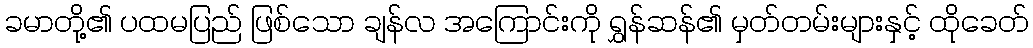
ခမာတို့၏ ပထမပြည် ဖြစ်သော ချန်လ အကြောင်းကို ရွှန်ဆန်၏ မှတ်တမ်းများနှင့် ထိုခေတ်